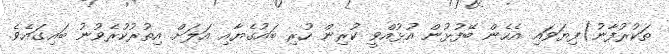
ތަކުރުފާނު)ފިޔަވައި އެހެން ބޭފުޅުން އުޅުއްވީ ކުރިން ހުރި ބައުގެޔާއި އަލަށް އިތުރުކުރެވުނު ބައިގައެވެ.